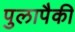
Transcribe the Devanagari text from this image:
पुलापैकी